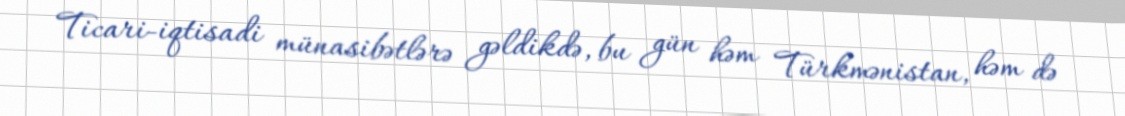
Ticari-iqtisadi münasibətlərə gəldikdə, bu gün həm Türkmənistan, həm də